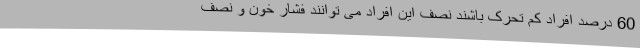
60 درصد افراد کم تحرک باشند نصف این افراد می توانند فشار خون و نصف